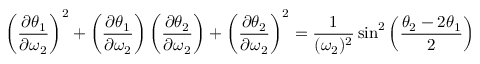
\left( { \frac { \partial \theta _ { 1 } } { \partial \omega _ { 2 } } } \right) ^ { 2 } + \left( { \frac { \partial \theta _ { 1 } } { \partial \omega _ { 2 } } } \right) \left( { \frac { \partial \theta _ { 2 } } { \partial \omega _ { 2 } } } \right) + \left( { \frac { \partial \theta _ { 2 } } { \partial \omega _ { 2 } } } \right) ^ { 2 } = { \frac { 1 } { ( \omega _ { 2 } ) ^ { 2 } } } \sin ^ { 2 } \left( { \frac { \theta _ { 2 } - 2 \theta _ { 1 } } { 2 } } \right)